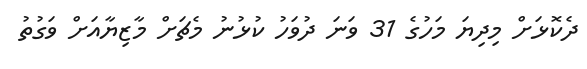
ދެކޮޅަށް މިދިޔަ މަހުގެ 31 ވަނަ ދުވަހު ކުޅުނު މެޗަށް މާޒިޔާއަށް ވަގުތު